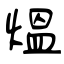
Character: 煴